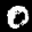
Label: 0